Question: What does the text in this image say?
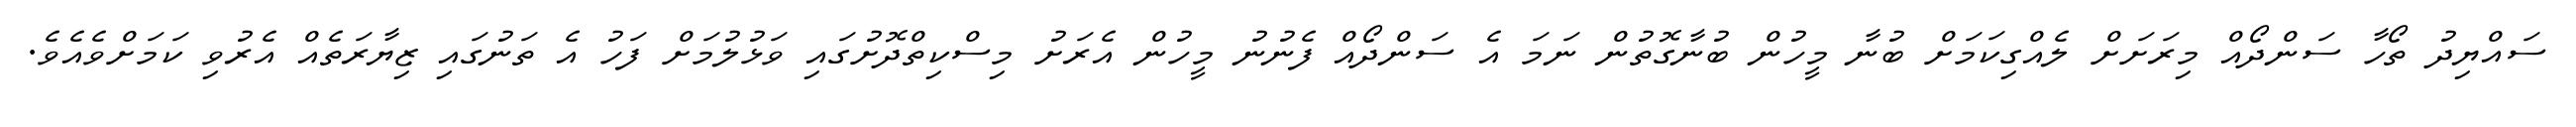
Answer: ސައްޔިދު ތޯހާ ސަންދޯއް މިރަށަށް ލެއްގިކަމަށް ބުނާ މީހުން ބުނާގޮތުން ނަމަ އެ ސަންދޯއް ފެނުނު މީހުން އެރަށު މިސްކިތްދޮށުގައި ވަޅުލުމަށް ފަހު އެ ތަނުގައި ޒިޔާރަތެއް އެރުވި ކަމަށްވެއެވެ.